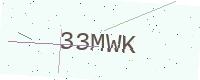
Text: 33MWK